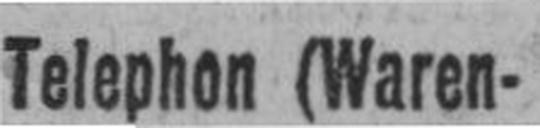
Telephon (Waren¬